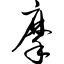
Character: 摩